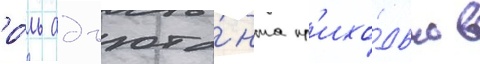
ро́ль адъюта́нта пр'ихо́дько в